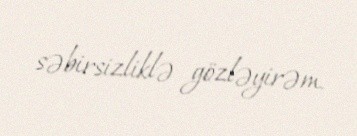
səbirsizliklə gözləyirəm.